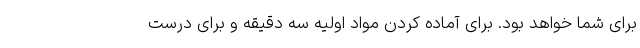
برای شما خواهد بود. برای آماده کردن مواد اولیه سه دقیقه و برای درست